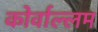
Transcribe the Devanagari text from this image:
कोर्वाल्लम